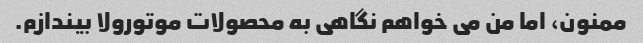
ممنون، اما من می خواهم نگاهی به محصولات موتورولا بیندازم.